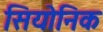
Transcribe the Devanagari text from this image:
सियोनिक